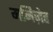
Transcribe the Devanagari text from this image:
मनिज़ेह